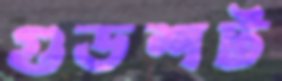
গুডশট